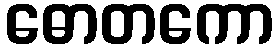
ဓောတကော